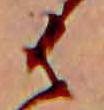
は